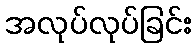
အလုပ်လုပ်ခြင်း